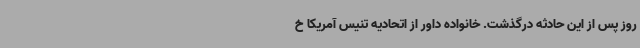
روز پس از این حادثه درگذشت. خانواده داور از اتحادیه تنیس آمریکا خ